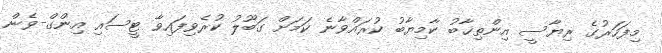
މިފަހަރުގެ ރިޔާސީ އިންތިޚާބު ކާމިޔާބު ކުރައްވާނެ ކަމަށް ގަބޫލު ކުރެވިފައިވާ ޓީސައި އިންގް-ވެން